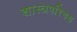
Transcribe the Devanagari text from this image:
शास्त्रपरिचय